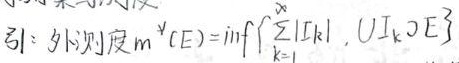
$\exists !:\ \text{外测度}m^{*}(E):=\inf\left\{\sum_{k = 1}^{\infty}|I_{k}|,\ \cup I_{k}\supset E\right\}$